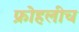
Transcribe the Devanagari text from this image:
फ्रोहलीच